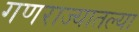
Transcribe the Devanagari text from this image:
गणराज्यातल्या